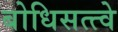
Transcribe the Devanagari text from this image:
बोधिसत्त्वे